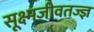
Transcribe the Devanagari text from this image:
सूक्ष्मजीवतज्ज्ञ